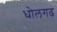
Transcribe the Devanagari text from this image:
धोलगढ